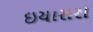
ઇયાસરા